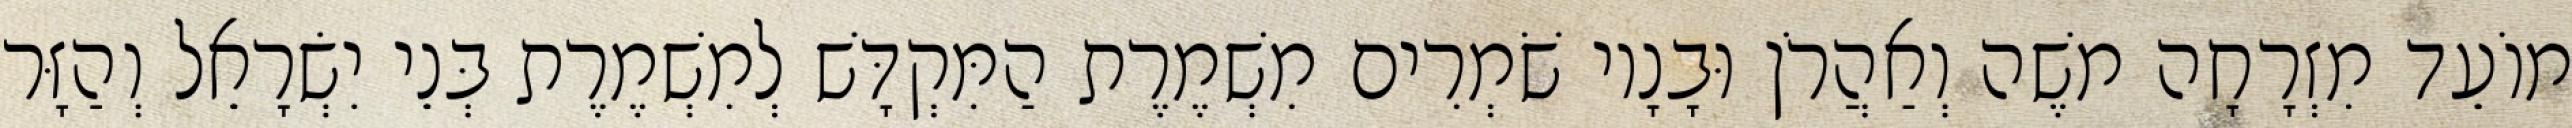
מוֹעֵד מִזְרָחָה משֶׁה וְאַהֲרֹן וּבָנָיו שֹׁמְרִים מִשְׁמֶרֶת הַמִּקְדָּשׁ לְמִשְׁמֶרֶת בְּנֵי יִשְׂרָאֵל וְהַזָּר